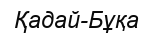
Қадай-Бұқа